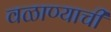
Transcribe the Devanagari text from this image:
वळाण्याची